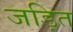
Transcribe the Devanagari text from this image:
जड़ित